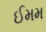
ઈમમ